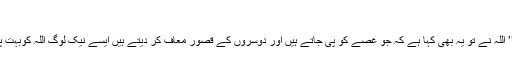
‘‘
ضمیر: ’’ اللہ نے تو یہ بھی کہا ہے کہ جو غصے کو پی جاتے ہیں اور دوسروں کے قصور معاف کر دیتے ہیں ایسے نیک لوگ اللہ کوبہت پسند ہیں ۔